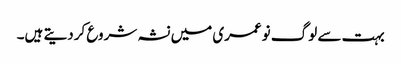
بہت سے لوگ نوعمری میں نشہ شروع کردیتے ہیں۔